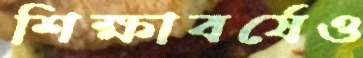
শিক্ষাবর্ষেও